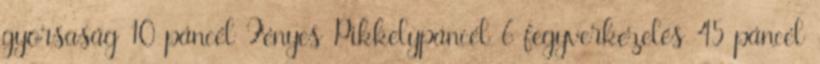
gyorsaság 10 páncél Fényes Pikkelypáncél 6 fegyverkezelés 45 páncél